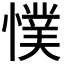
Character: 𭞴